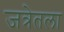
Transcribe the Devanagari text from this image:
जत्रेतला